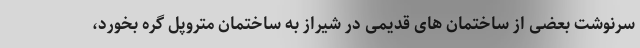
سرنوشت بعضی از ساختمان های قدیمی در شیراز به ساختمان متروپل گره بخورد،